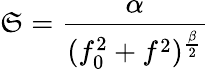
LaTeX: \mathfrak{S}=\frac{{\alpha}}{{(f_{0}^{2}+f^{2})^{\frac{{\beta}}{{2}}}}}